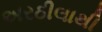
અરઠીલાથી